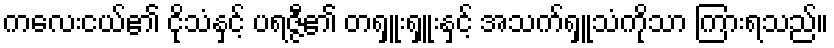
ကလေးငယ်၏ ငိုသံနှင့် ပရဇ္ဇီ၏ တရှူးရှူးနှင့် အသက်ရှူသံကိုသာ ကြားရသည်။